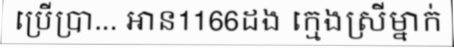
ប្រើប្រា... អាន1166ដង ក្មេងស្រីម្នាក់